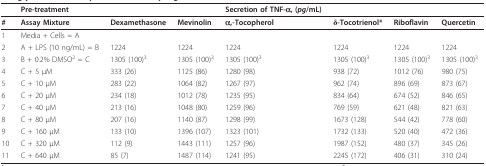
|  | Pre-treatment |  |  | Secretion of TNF-α, (pg/mL) |  |  |  |
 | --- | --- | --- | --- | --- | --- | --- | --- |
 | # | Assay Mixture | Dexamethasone | Mevinolin | α,-Tocopherol | δ-Tocotrienol* | Riboflavin | Quercetin |
 | 1 | Media + Cells = A |  |  |  |  |  |  |
 | 2 | A + LPS (10 ng/mL) = B | 1224 | 1224 | 1224 | 1224 | 1224 | 1224 |
 | 3 | B + 0.2% DMSO2 = C | 1305 (100)3 | 1305 (100)3 | 1305 (100)3 | 1305 (100)3 | 1305 (100)3 | 1305 (100)3 |
 | 4 | C + 5 μM | 333 (26) | 1125 (86) | 1280 (98) | 938 (72) | 1012 (76) | 980 (75) |
 | 5 | C + 10 μM | 283 (22) | 1064 (82) | 1267 (97) | 962 (74) | 896 (69) | 873 (67) |
 | 6 | C + 20 μM | 234 (18) | 1012 (78) | 1235 (95) | 834 (64) | 674 (52) | 846 (65) |
 | 7 | C + 40 μM | 213 (16) | 1048 (80) | 1259 (96) | 769 (59) | 621 (48) | 821 (63) |
 | 8 | C + 80 μM | 207 (16) | 1140 (87) | 1298 (99) | 1673 (128) | 544 (42) | 778 (60) |
 | 9 | C + 160 μM | 133 (10) | 1396 (107) | 1323 (101) | 1732 (133) | 520 (40) | 472 (36) |
 | 10 | C + 320 μM | 112 (9) | 1443 (111) | 1257 (96) | 1987 (152) | 480 (37) | 345 (26) |
 | 11 | C + 640 μM | 85 (7) | 1487 (114) | 1241 (95) | 2245 (172) | 406 (31) | 310 (24) |